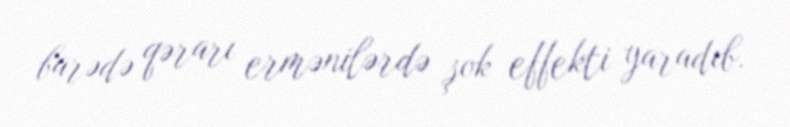
barədə qərarı ermənilərdə şok effekti yaradıb.